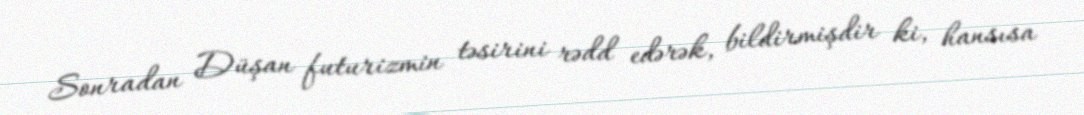
Sonradan Düşan futurizmin təsirini rədd edərək, bildirmişdir ki, hansısa